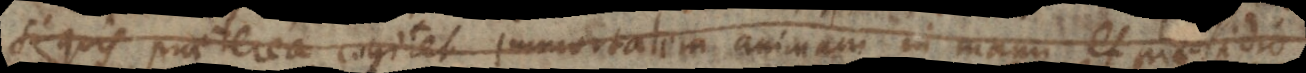
firmissime cogitet immortalem animam in manu et praesidio